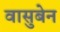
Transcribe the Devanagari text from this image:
वासुबेन